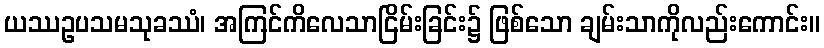
ယဿဥပသမသုခဿံ၊ အကြင်ကိလေသာငြိမ်းခြင်း၌ ဖြစ်သော ချမ်းသာကိုလည်းကောင်း။